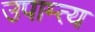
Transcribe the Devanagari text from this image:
उपाम्त्य